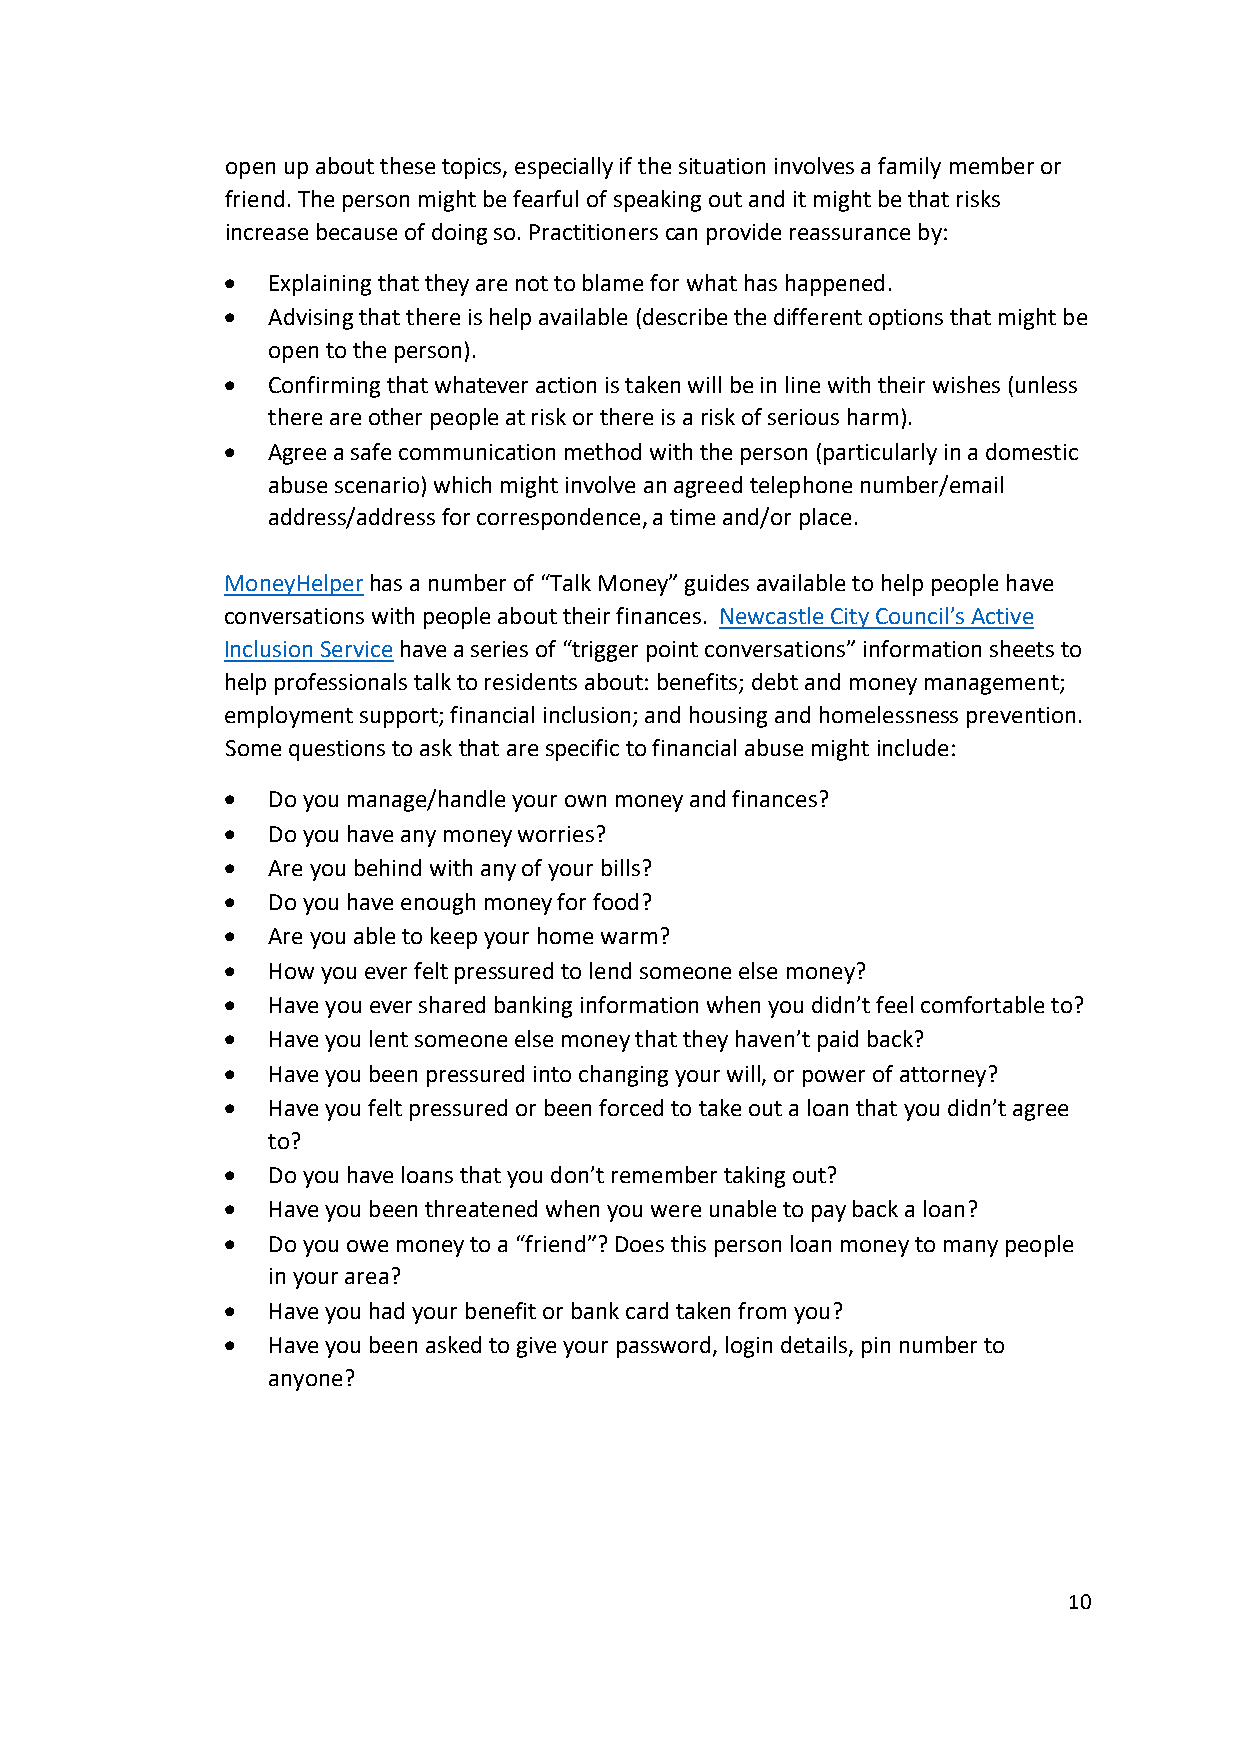
open up about these topics, especially if the situation involves a family member or
 friend. The person might be fearful of speaking out and it might be that risks
 increase because of doing so. Practitioners can provide reassurance by:
 •  Explaining that they are not to blame for what has happened.
 •  Advising that there is help available (describe the different options that might be
 open to the person).
 •  Confirming that whatever action is taken will be in line with their wishes (unless
 there are other people at risk or there is a risk of serious harm).
 •  Agree a safe communication method with the person (particularly in a domestic
 abuse scenario) which might involve an agreed telephone number/email
 address/address for correspondence, a time and/or place.
 MoneyHelper has a number of “Talk Money” guides available to help people have
 conversations with people about their finances. Newcastle City Council’s Active
 Inclusion Service have a series of “trigger point conversations” information sheets to
 help professionals talk to residents about: benefits; debt and money management;
 employment support; financial inclusion; and housing and homelessness prevention.
 Some questions to ask that are specific to financial abuse might include:
 •  Do you manage/handle your own money and finances?
 •  Do you have any money worries?
 •  Are you behind with any of your bills?
 •  Do you have enough money for food?
 •  Are you able to keep your home warm?
 •  How you ever felt pressured to lend someone else money?
 •  Have you ever shared banking information when you didn’t feel comfortable to?
 •  Have you lent someone else money that they haven’t paid back?
 •  Have you been pressured into changing your will, or power of attorney?
 •  Have you felt pressured or been forced to take out a loan that you didn’t agree
 to?
 •  Do you have loans that you don’t remember taking out?
 •  Have you been threatened when you were unable to pay back a loan?
 •  Do you owe money to a “friend”? Does this person loan money to many people
 in your area?
 •  Have you had your benefit or bank card taken from you?
 •  Have you been asked to give your password, login details, pin number to
 anyone?
 10